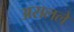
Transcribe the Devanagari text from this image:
असलले